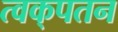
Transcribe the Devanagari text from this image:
त्वक्‌पतन